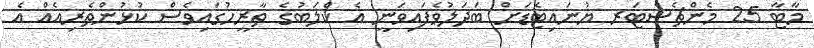
މާޓާ 25 މެންޗެސްޓަރ ޔުނައިޓެޑަށް ބަދަލުވެފައިވަނީ އެ ކްލަބުގެ ތާރީހުގައިވެސް ކުޅުންތެރިއެއް އެ